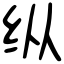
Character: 纵